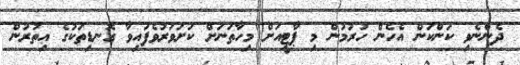
ދެންނެވި ކަންކަން އެހެން ހުރުމުން މި ޕާޓީއަށް މިހާތަނަށް ކަށަވަރުވެފައިވާ ގޮނޑިތަކުގެ އިތުރުން